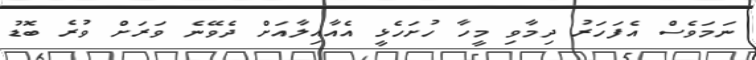
ނަމަވެސް އެފަހަރު ދިމާވި މީހާ ހުށަހެޅީ އެއާއިލާއަށް ދެވޭނެ ވަރަށް ވުރެ ބޮޑު